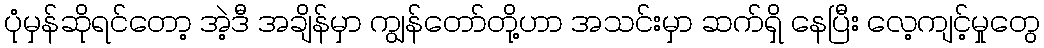
ပုံမှန်ဆိုရင်တော့ အဲ့ဒီ အချိန်မှာ ကျွန်တော်တို့ဟာ အသင်းမှာ ဆက်ရှိ နေပြီး လေ့ကျင့်မှုတွေ